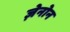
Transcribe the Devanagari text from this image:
ज़ेनोन